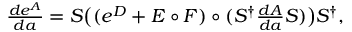
\begin{array} { r } { \frac { d e ^ { A } } { d a } = S \big ( ( e ^ { D } + E \circ F ) \circ ( S ^ { \dagger } \frac { d A } { d a } S ) \big ) S ^ { \dagger } , } \end{array}